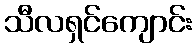
သီလရှင်ကျောင်း